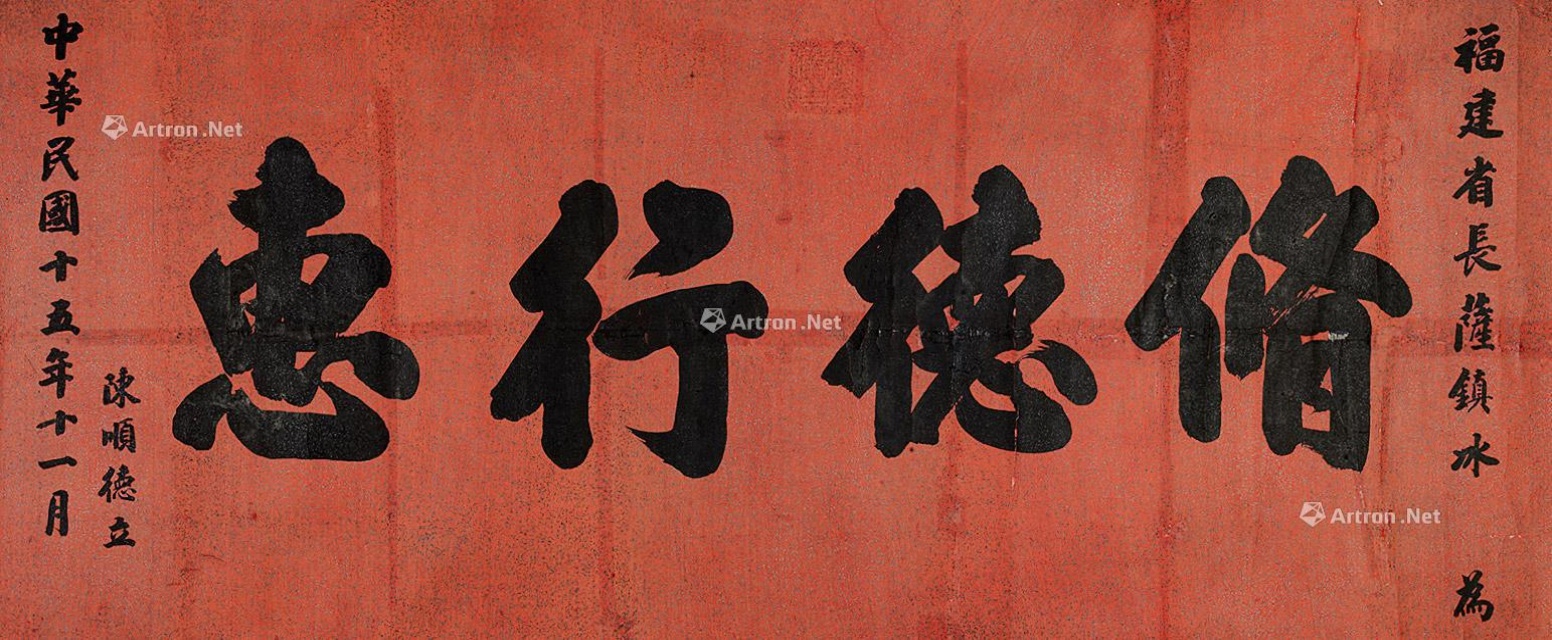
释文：修德行惠福建省长萨镇冰 为陈顺德立 中华民国十五年十一日